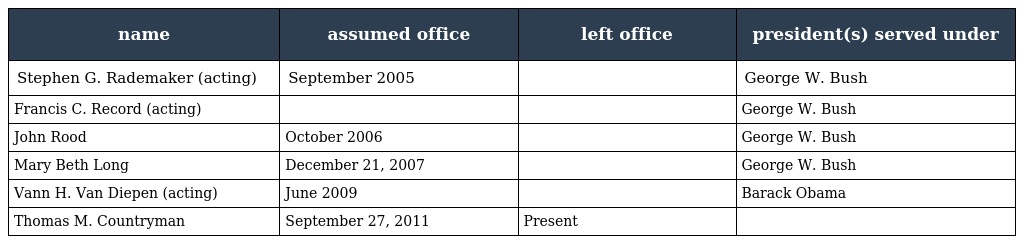
| name | assumed office | left office | president(s) served under |
 | --- | --- | --- | --- |
 | Stephen G. Rademaker (acting) | September 2005 |  | George W. Bush |
 | Francis C. Record (acting) |  |  | George W. Bush |
 | John Rood | October 2006 |  | George W. Bush |
 | Mary Beth Long | December 21, 2007 |  | George W. Bush |
 | Vann H. Van Diepen (acting) | June 2009 |  | Barack Obama |
 | Thomas M. Countryman | September 27, 2011 | Present |  |